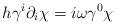
LaTeX: \begin{align*}h\gamma^i\partial_i\chi=i\omega\gamma^0\chi\end{align*}